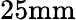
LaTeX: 25\mathrm{mm}